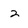
Character: 2